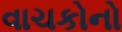
વાચકોનો